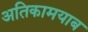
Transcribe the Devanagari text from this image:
अतिकामयाब